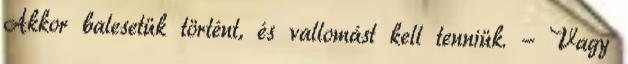
Akkor balesetük történt, és vallomást kell tenniük. - Vagy